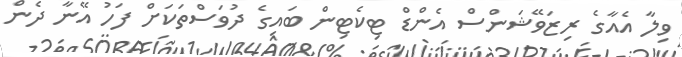
ވިލާ އެއާގެ ރިޒަވޭޝަންސް އެންޑް ޓިކެޓިން ބައިގެ ދުވަސްތަކަށް ފަހު އޭނާ ދެން